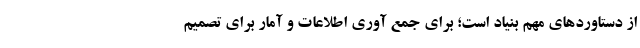
از دستاوردهای مهم بنیاد است؛ برای جمع آوری اطلاعات و آمار برای تصمیم